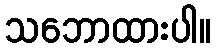
သဘောထားပါ။